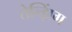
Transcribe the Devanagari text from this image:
तेन्झिंग